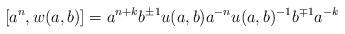
LaTeX: \begin{align*} \left[a^n, w(a,b)\right] = a^{n+k} b^{\pm 1} u(a,b) a^{-n} u(a,b)^{-1} b^{\mp 1} a^{-k} \end{align*}